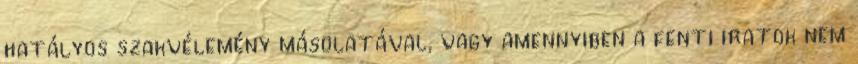
hatályos szakvélemény másolatával, vagy amennyiben a fenti iratok nem